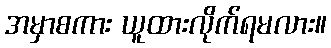
အမှာစကား ယူထားလိုက်ရမလား။